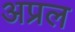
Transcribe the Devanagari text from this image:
अप्रल